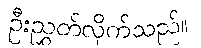
ဦးညွှတ်လိုက်သည်။